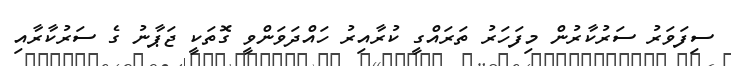
ސިފަވަރު ސަރުކާރުން މިފަހަރު ތަރައްގީ ކުރާއިރު ހައްދަވަންވީ ގޮތަކީ ޖަޕާނު ގެ ސަރުކާރާއި